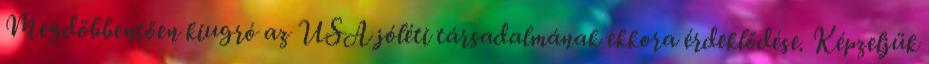
Megdöbbentően kiugró az USA jóléti társadalmának ekkora érdeklődése. Képzeljük